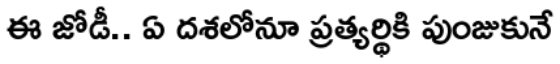
ఈ జోడీ.. ఏ దశలోనూ ప్రత్యర్థికి పుంజుకునే